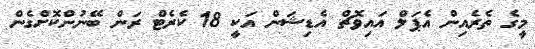
މީގެ ތެރެއިން އެޕަލް އައިވޮޗް އެޑިޝަން އަކީ 18 ކެރެޓް ރަން ބޭނުންކޮށްގެން